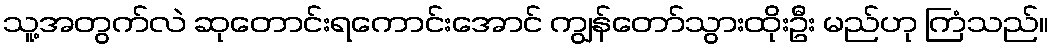
သူ့အတွက်လဲ ဆုတောင်းရကောင်းအောင် ကျွန်တော်သွားထိုးဦး မည်ဟု ကြံသည်။